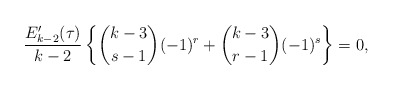
\begin{align*}\frac{E_{k-2}'(\tau)}{k-2}\left\{\binom{k-3}{s-1}(-1)^r+\binom{k-3}{r-1}(-1)^{s}\right\}=0,\end{align*}